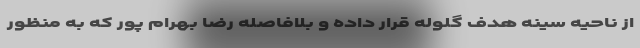
از ناحیه سینه هدف گلوله قرار داده و بلافاصله رضا بهرام پور که به منظور